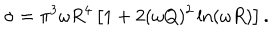
LaTeX: \sigma = \pi ^ { 3 } \omega R ^ { 4 } \left[ 1 + 2 ( \omega Q ) ^ { 2 } \ln ( \omega R ) \right] .